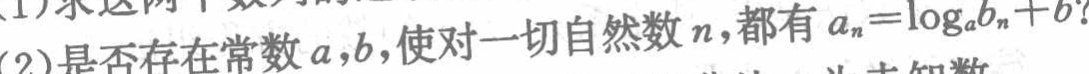
(1)求这两个数列的

(2)是否存在常数\(a,b\)，使对一切自然数\(n\)，都有\(a_{n}=\log_{a}b_{n}+b\)？